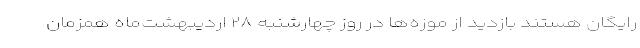
رایگان هستند بازدید از موزه‌ها در روز چهارشنبه ۲۸ اردیبهشت‌ماه همزمان